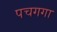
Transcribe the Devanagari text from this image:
पचगगा